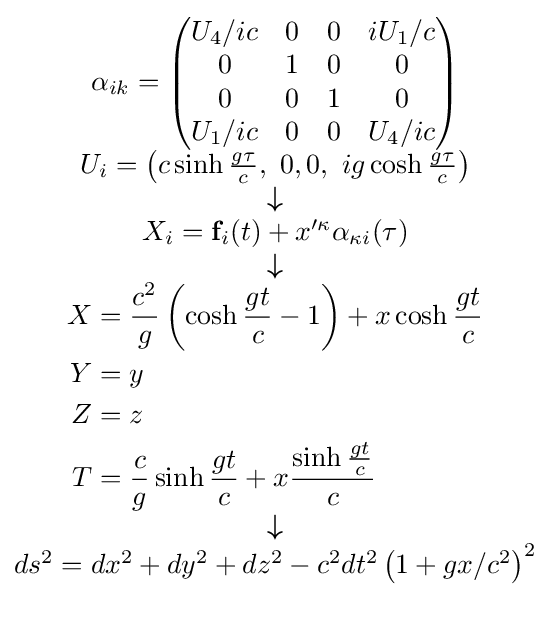
\scriptstyle {\begin{matrix}\alpha _{ik}=\left({\begin{matrix}U_{4}/ic&0&0&iU_{1}/c\\0&1&0&0\\0&0&1&0\\U_{1}/ic&0&0&U_{4}/ic\end{matrix}}\right)\\U_{i}=\left(c\sinh {\frac {g\tau }{c}},\ 0,0,\ ig\cosh {\frac {g\tau }{c}}\right)\\{\boldsymbol {\downarrow }}\\X_{i}=\mathbf {f} _{i}(t)+x^{\prime \kappa }\alpha _{\kappa i}(\tau )\\{\boldsymbol {\downarrow }}\\{\begin{aligned}X&={\frac {c^{2}}{g}}\left(\cosh {\frac {gt}{c}}-1\right)+x\cosh {\frac {gt}{c}}\\Y&=y\\Z&=z\\T&={\frac {c}{g}}\sinh {\frac {gt}{c}}+x{\frac {\sinh {\frac {gt}{c}}}{c}}\end{aligned}}\\{\boldsymbol {\downarrow }}\\ds^{2}=dx^{2}+dy^{2}+dz^{2}-c^{2}dt^{2}\left(1+gx/c^{2}\right)^{2}\\\\\end{matrix}}